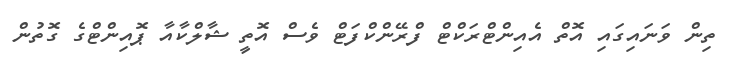
ތިން ވަނައިގައި އޮތް އެއިންޓްރަކްޓް ފްރޭންކްފަޓް ވެސް އޮތީ ޝާލްކާއާ ޕޮއިންޓްގެ ގޮތުން